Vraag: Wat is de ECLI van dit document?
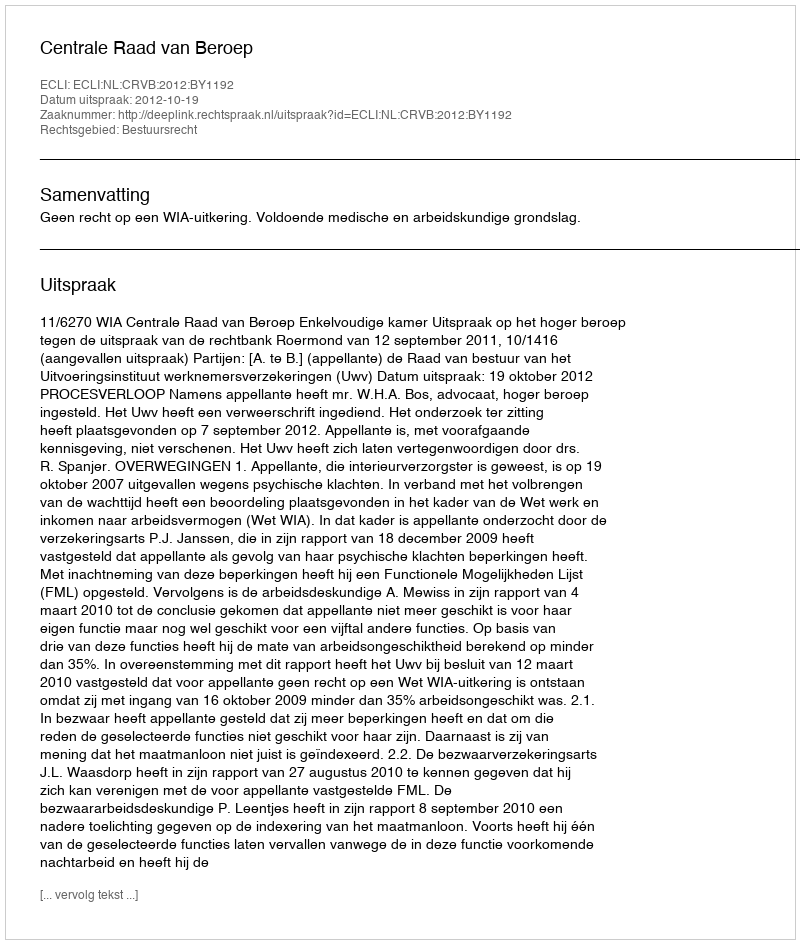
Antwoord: ECLI:NL:CRVB:2012:BY1192